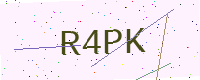
Text: R4PK